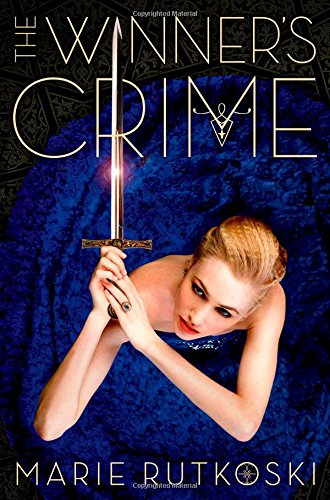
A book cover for The Winner's Crime (The Winner's Trilogy); Marie Rutkoski; Teen & Young Adult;